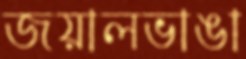
জয়ালভাঙা